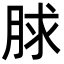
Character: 脙